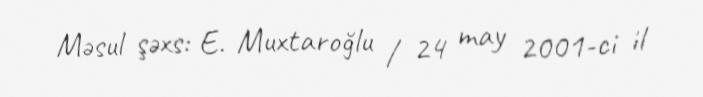
Məsul şəxs: E. Muxtaroğlu / 24 may 2001-ci il